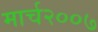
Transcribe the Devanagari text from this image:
मार्च२००७